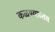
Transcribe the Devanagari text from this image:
कळण्यास्तव